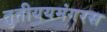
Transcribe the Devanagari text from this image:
तृतीययमंगरस